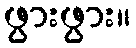
ဖွားဖွား။